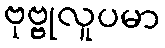
ဗုဗ္ဗုလူပမာ